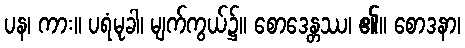
ပန၊ ကား။ ပရံမုခါ၊ မျက်ကွယ်၌။ စောဒေန္တဿ၊ ၏။ စောဒနာ၊